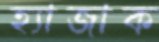
হ্যাজাক